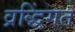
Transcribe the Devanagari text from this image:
व्रद्धिंगत